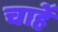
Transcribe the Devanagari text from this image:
चाहेँ